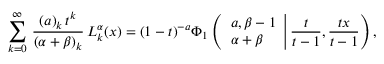
\begin{array} { l } { \displaystyle \sum _ { k = 0 } ^ { \infty } \, \frac { ( a ) _ { k } \, t ^ { k } } { ( \alpha + \beta ) _ { k } } \, L _ { k } ^ { \alpha } ( x ) = ( 1 - t ) ^ { - a } \Phi _ { 1 } \left( \left. \begin{array} { l } { a , \beta - 1 } \\ { \alpha + \beta } \end{array} \right| \frac t { t - 1 } , \frac { t x } { t - 1 } \right) , } \end{array}